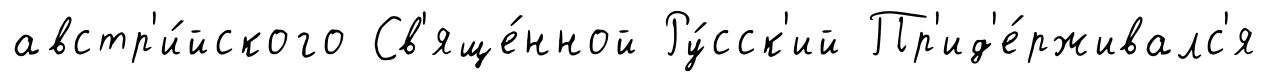
австр'и́йского Св'яще́нной Ру́сск'ий Пр'ид'е́рживалс'я